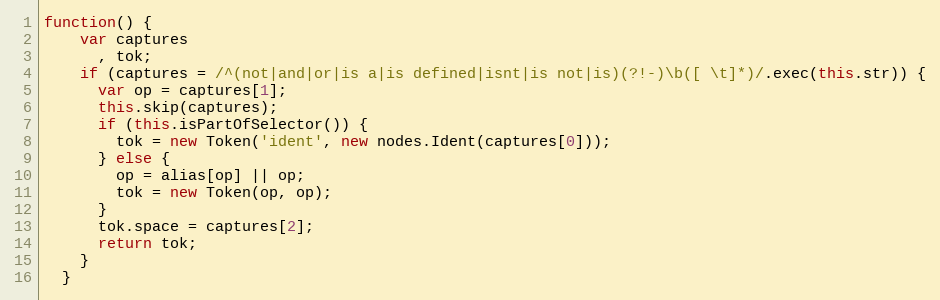
Language: JavaScript
function() {
    var captures
      , tok;
    if (captures = /^(not|and|or|is a|is defined|isnt|is not|is)(?!-)\b([ \t]*)/.exec(this.str)) {
      var op = captures[1];
      this.skip(captures);
      if (this.isPartOfSelector()) {
        tok = new Token('ident', new nodes.Ident(captures[0]));
      } else {
        op = alias[op] || op;
        tok = new Token(op, op);
      }
      tok.space = captures[2];
      return tok;
    }
  }